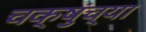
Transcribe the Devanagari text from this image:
चक्षुंच्या